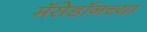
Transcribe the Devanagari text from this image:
मॅसेडॉनच्या